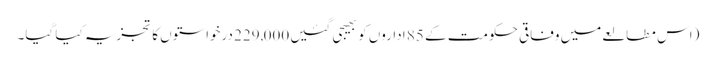
(اس مطالعے میں وفاقی حکومت کے 85 اداروں کو بھیجی گئیں 229,000 درخواستوں کا تجزیہ کیا گیا۔